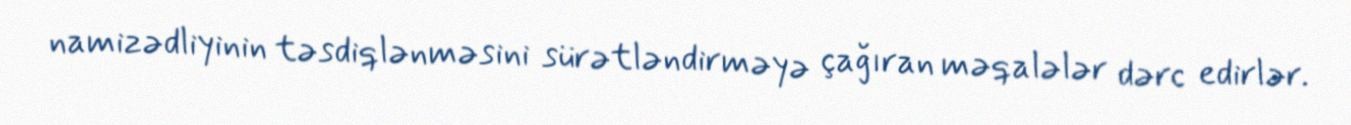
namizədliyinin təsdiqlənməsini sürətləndirməyə çağıran məqalələr dərc edirlər.